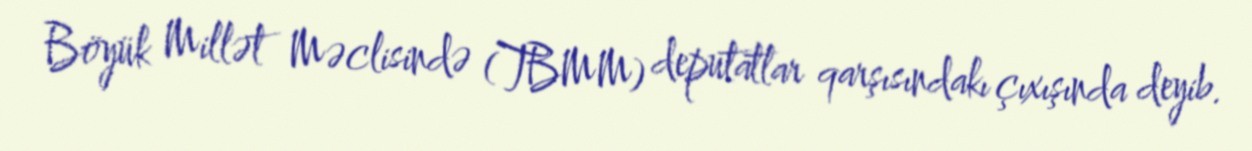
Böyük Millət Məclisində (TBMM) deputatlar qarşısındakı çıxışında deyib.